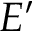
E ^ { \prime }